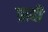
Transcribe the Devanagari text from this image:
ब्राही